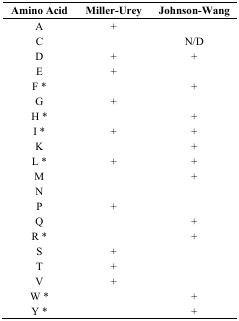
<table><thead><tr><td><b>Amino Acid</b></td><td><b>Miller-Urey</b></td><td><b>Johnson-Wang</b></td></tr></thead><tbody><tr><td>A</td><td>+</td><td></td></tr><tr><td>C</td><td></td><td>N/D</td></tr><tr><td>D</td><td>+</td><td>+</td></tr><tr><td>E</td><td>+</td><td></td></tr><tr><td>F *</td><td></td><td>+</td></tr><tr><td>G</td><td>+</td><td></td></tr><tr><td>H *</td><td></td><td>+</td></tr><tr><td>I *</td><td>+</td><td>+</td></tr><tr><td>K</td><td></td><td>+</td></tr><tr><td>L *</td><td>+</td><td>+</td></tr><tr><td>M</td><td></td><td>+</td></tr><tr><td>N</td><td></td><td></td></tr><tr><td>P</td><td>+</td><td></td></tr><tr><td>Q</td><td></td><td>+</td></tr><tr><td>R *</td><td></td><td>+</td></tr><tr><td>S</td><td>+</td><td></td></tr><tr><td>T</td><td>+</td><td></td></tr><tr><td>V</td><td>+</td><td></td></tr><tr><td>W *</td><td></td><td>+</td></tr><tr><td>Y *</td><td></td><td>+</td></tr></tbody></table>